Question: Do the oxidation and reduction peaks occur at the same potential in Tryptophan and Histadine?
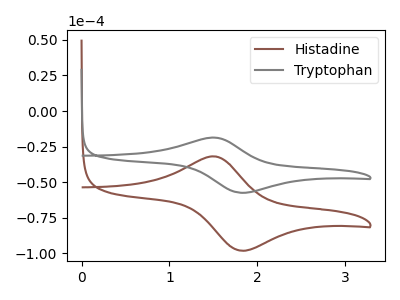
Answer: <think>The brown curve "Histadine" has an anodic peak at (1.50V, -31.85uA) and a cathodic peak at (1.80V, -98.10uA). The gray curve "Tryptophan" has an anodic peak at (1.50V, -18.65uA) and a cathodic peak at (1.80V, -57.45uA).</think>
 <answer>Yes, "Tryptophan" have a peak in "Histadine" at the same potential.</answer>
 <eval>match</eval>